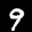
Label: 9